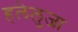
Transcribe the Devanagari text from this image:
हलेलुजा